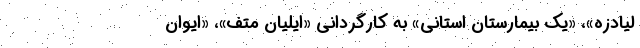
لیادزه»، «یک بیمارستان استانی» به کارگردانی «ایلیان متف»، «ایوان